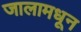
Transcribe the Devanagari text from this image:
जालामधून